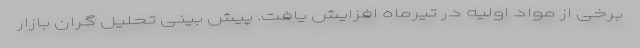
برخی از مواد اولیه در تیرماه افزایش یافت. پیش بینی تحلیل گران بازار